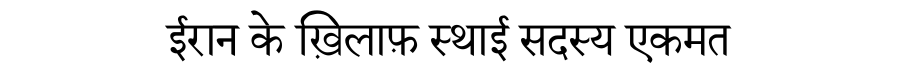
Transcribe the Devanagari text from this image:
ईरान के ख़िलाफ़ स्थाई सदस्य एकमत